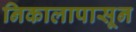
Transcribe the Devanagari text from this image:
निकालापासून